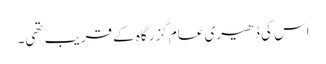
اس کی ڈھیری عام گزرگاہ کے قریب تھی۔